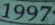
1997